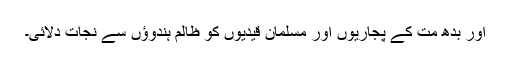
اور بدھ مت کے پجاریوں اور مسلمان قیدیوں کو ظالم ہندوؤں سے نجات دلائی۔